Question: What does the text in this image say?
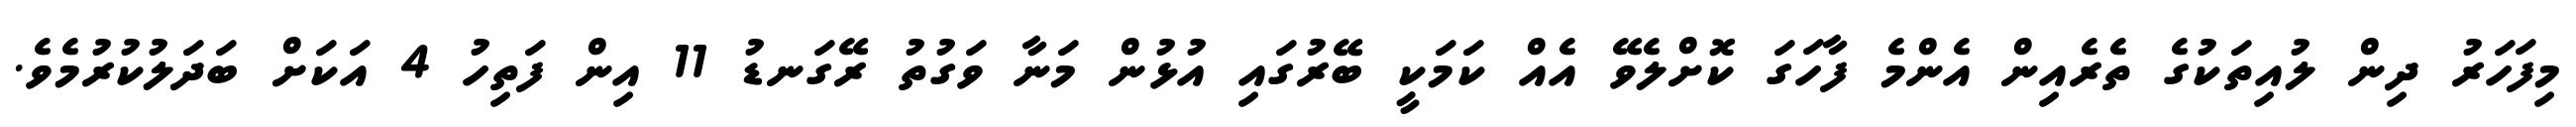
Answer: މިފަހަރު ދިން ލުއިތަކުގެ ތެރެއިން އެންމެ ފާހަގަ ކޮށްލެވޭ އެއް ކަމަކީ ބޭރުގައި އުޅުން މަނާ ވަގުތު ރޭގަނޑު 11 އިން ފަތިހު 4 އަކަށް ބަދަލުކުރުމެވެ.